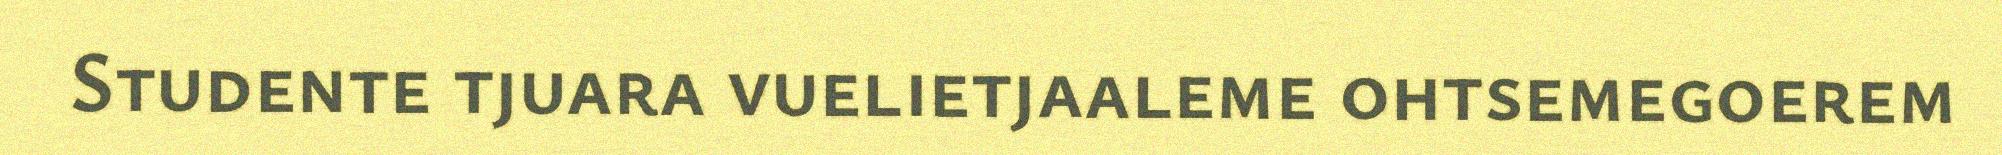
Studente tjuara vuelietjaaleme ohtsemegoerem